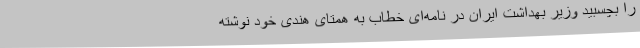
را بچسبید وزیر بهداشت ایران در نامه‌ای خطاب به همتای هندی خود نوشته